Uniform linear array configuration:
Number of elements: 16
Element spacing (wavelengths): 1
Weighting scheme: binomial
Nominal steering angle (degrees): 15
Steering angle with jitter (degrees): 13.205
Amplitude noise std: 0.05
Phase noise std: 0.05

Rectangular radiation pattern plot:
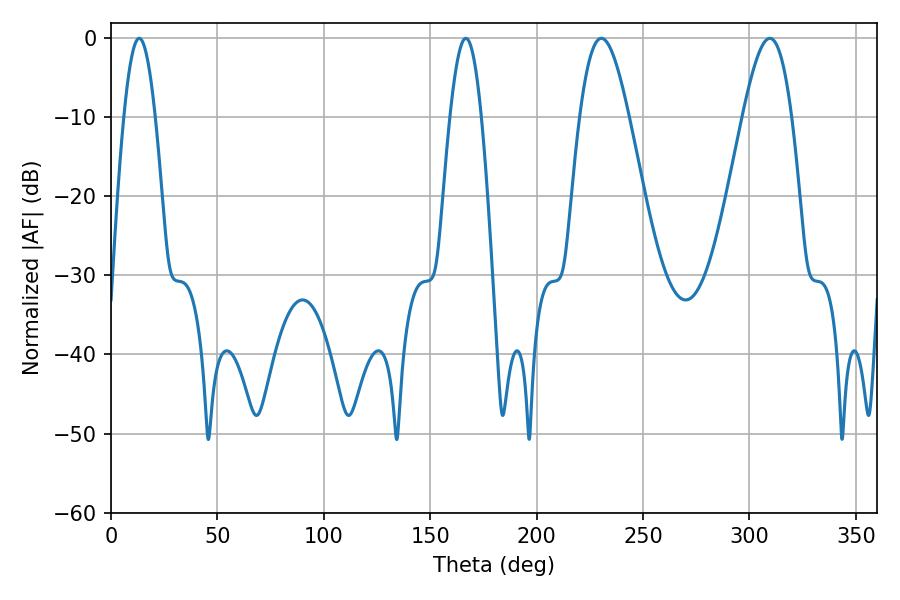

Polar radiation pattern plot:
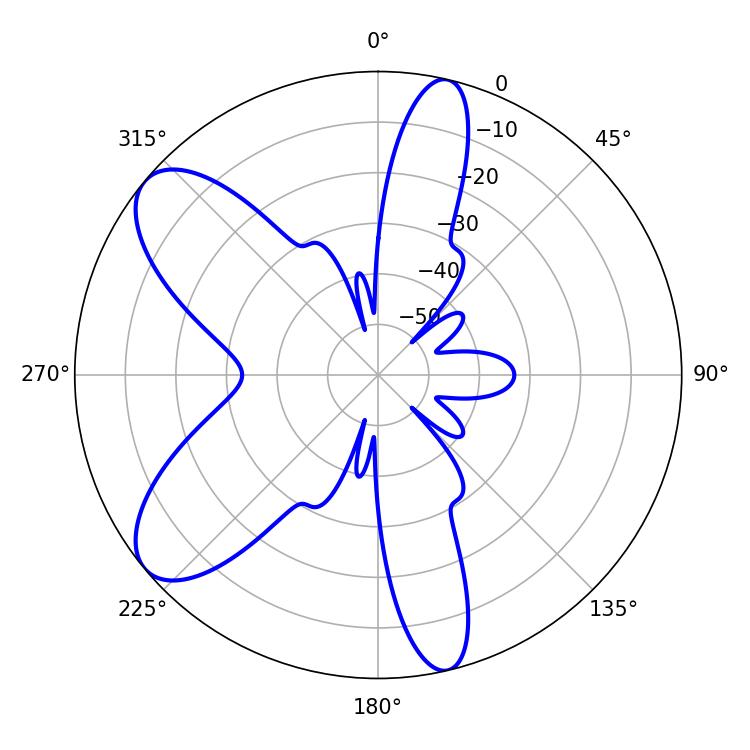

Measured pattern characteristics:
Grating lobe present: TRUE
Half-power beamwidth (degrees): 12.42
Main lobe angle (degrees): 230.4